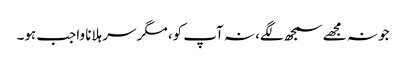
جو نہ مجھے سمجھ لگے، نہ آپ کو، مگر سر ہلانا واجب ہو۔